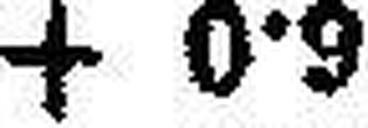
+ 0·9